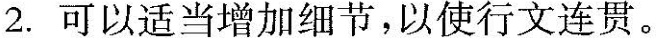
2.可以适当增加细节，以使行文连贯。